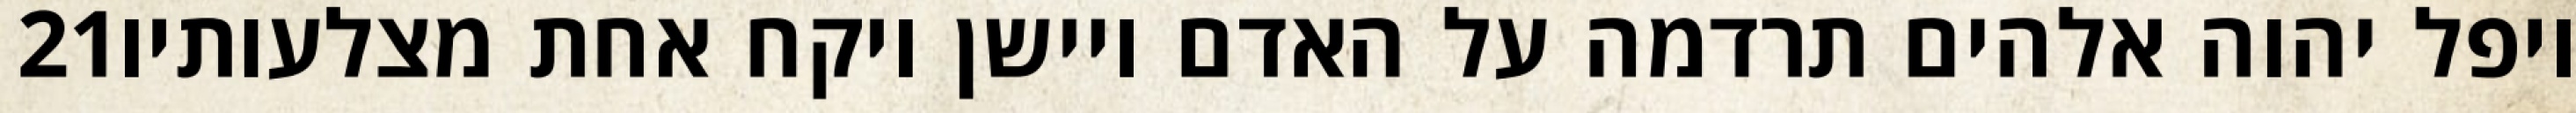
‎21‏ ויפל יהוה אלהים תרדמה על האדם ויישן ויקח אחת מצלעותיו